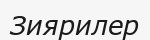
Зиярилер